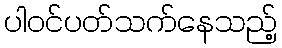
ပါဝင်ပတ်သက်နေသည့်